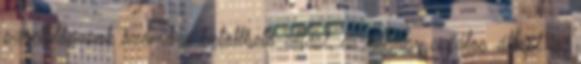
szociológusok számára betölthető állást, és néhány sajátos állást is: